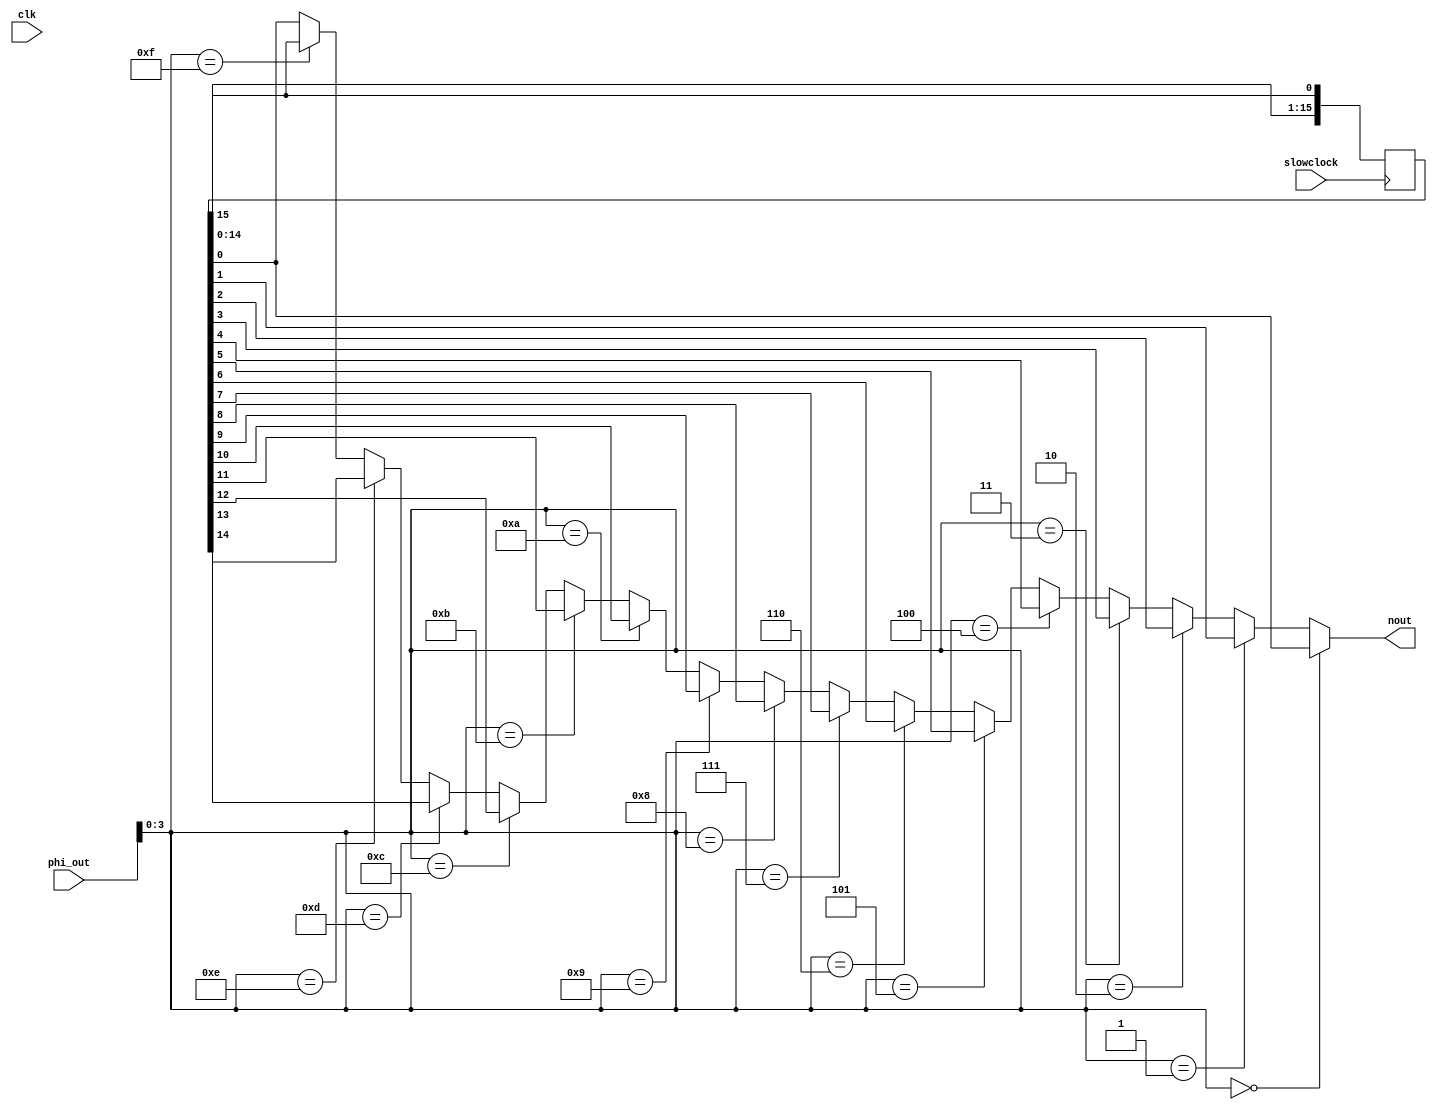
`timescale 1ns / 1ps
module PhaseControlledOscillator (
  input clk,           
  input slowclock,     
  input [15:0] phi_out,
  output wire nout      );
  reg [15:0] shift_register = 16'b1111111100000000; // 16-bit circular shift register
  reg [3:0] control_register; // 4-bit control register for phase select
  wire multiplexer_output; 
  always @(posedge slowclock) begin
    shift_register <= {shift_register[14:0], shift_register[15]}; // Shift left
  end
  always @(*) begin
    control_register = phi_out[3:0];
  end
  assign multiplexer_output = (control_register == 4'b0000) ? shift_register[0] :
                               (control_register == 4'b0001) ? shift_register[1] :
                               (control_register == 4'b0010) ? shift_register[2] :
                               (control_register == 4'b0011) ? shift_register[3] :
                               (control_register == 4'b0100) ? shift_register[4] :
                               (control_register == 4'b0101) ? shift_register[5] :
                               (control_register == 4'b0110) ? shift_register[6] :
                               (control_register == 4'b0111) ? shift_register[7] :
                               (control_register == 4'b1000) ? shift_register[8] :
                               (control_register == 4'b1001) ? shift_register[9] :
                               (control_register == 4'b1010) ? shift_register[10] :
                               (control_register == 4'b1011) ? shift_register[11] :
                               (control_register == 4'b1100) ? shift_register[12] :
                               (control_register == 4'b1101) ? shift_register[13] :
                               (control_register == 4'b1110) ? shift_register[14] :
                               (control_register == 4'b1111) ? shift_register[15]:
                               shift_register[0];                                
  assign nout = multiplexer_output;

endmodule